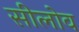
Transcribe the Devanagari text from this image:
सीलोव